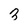
Character: 3